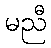
မညီ